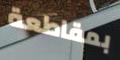
بمقاطعة